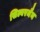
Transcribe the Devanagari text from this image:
सिल्बरमैन